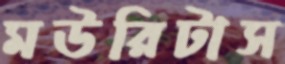
মউরিটাস